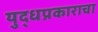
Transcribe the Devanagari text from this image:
युद्धप्रकाराचा